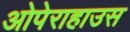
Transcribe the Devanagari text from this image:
ओपेराहाउस